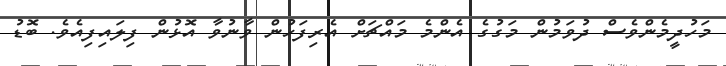
މަހުދީމެންވެސް ދުވަމުން މަގުގެ އެންމެ މައްޗަށް އެރިފަހުން ވާނުވާ އޮޅުން ފިލައިފިއެވެ. ބޮޑު